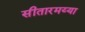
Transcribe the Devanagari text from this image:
सीतारमय्या